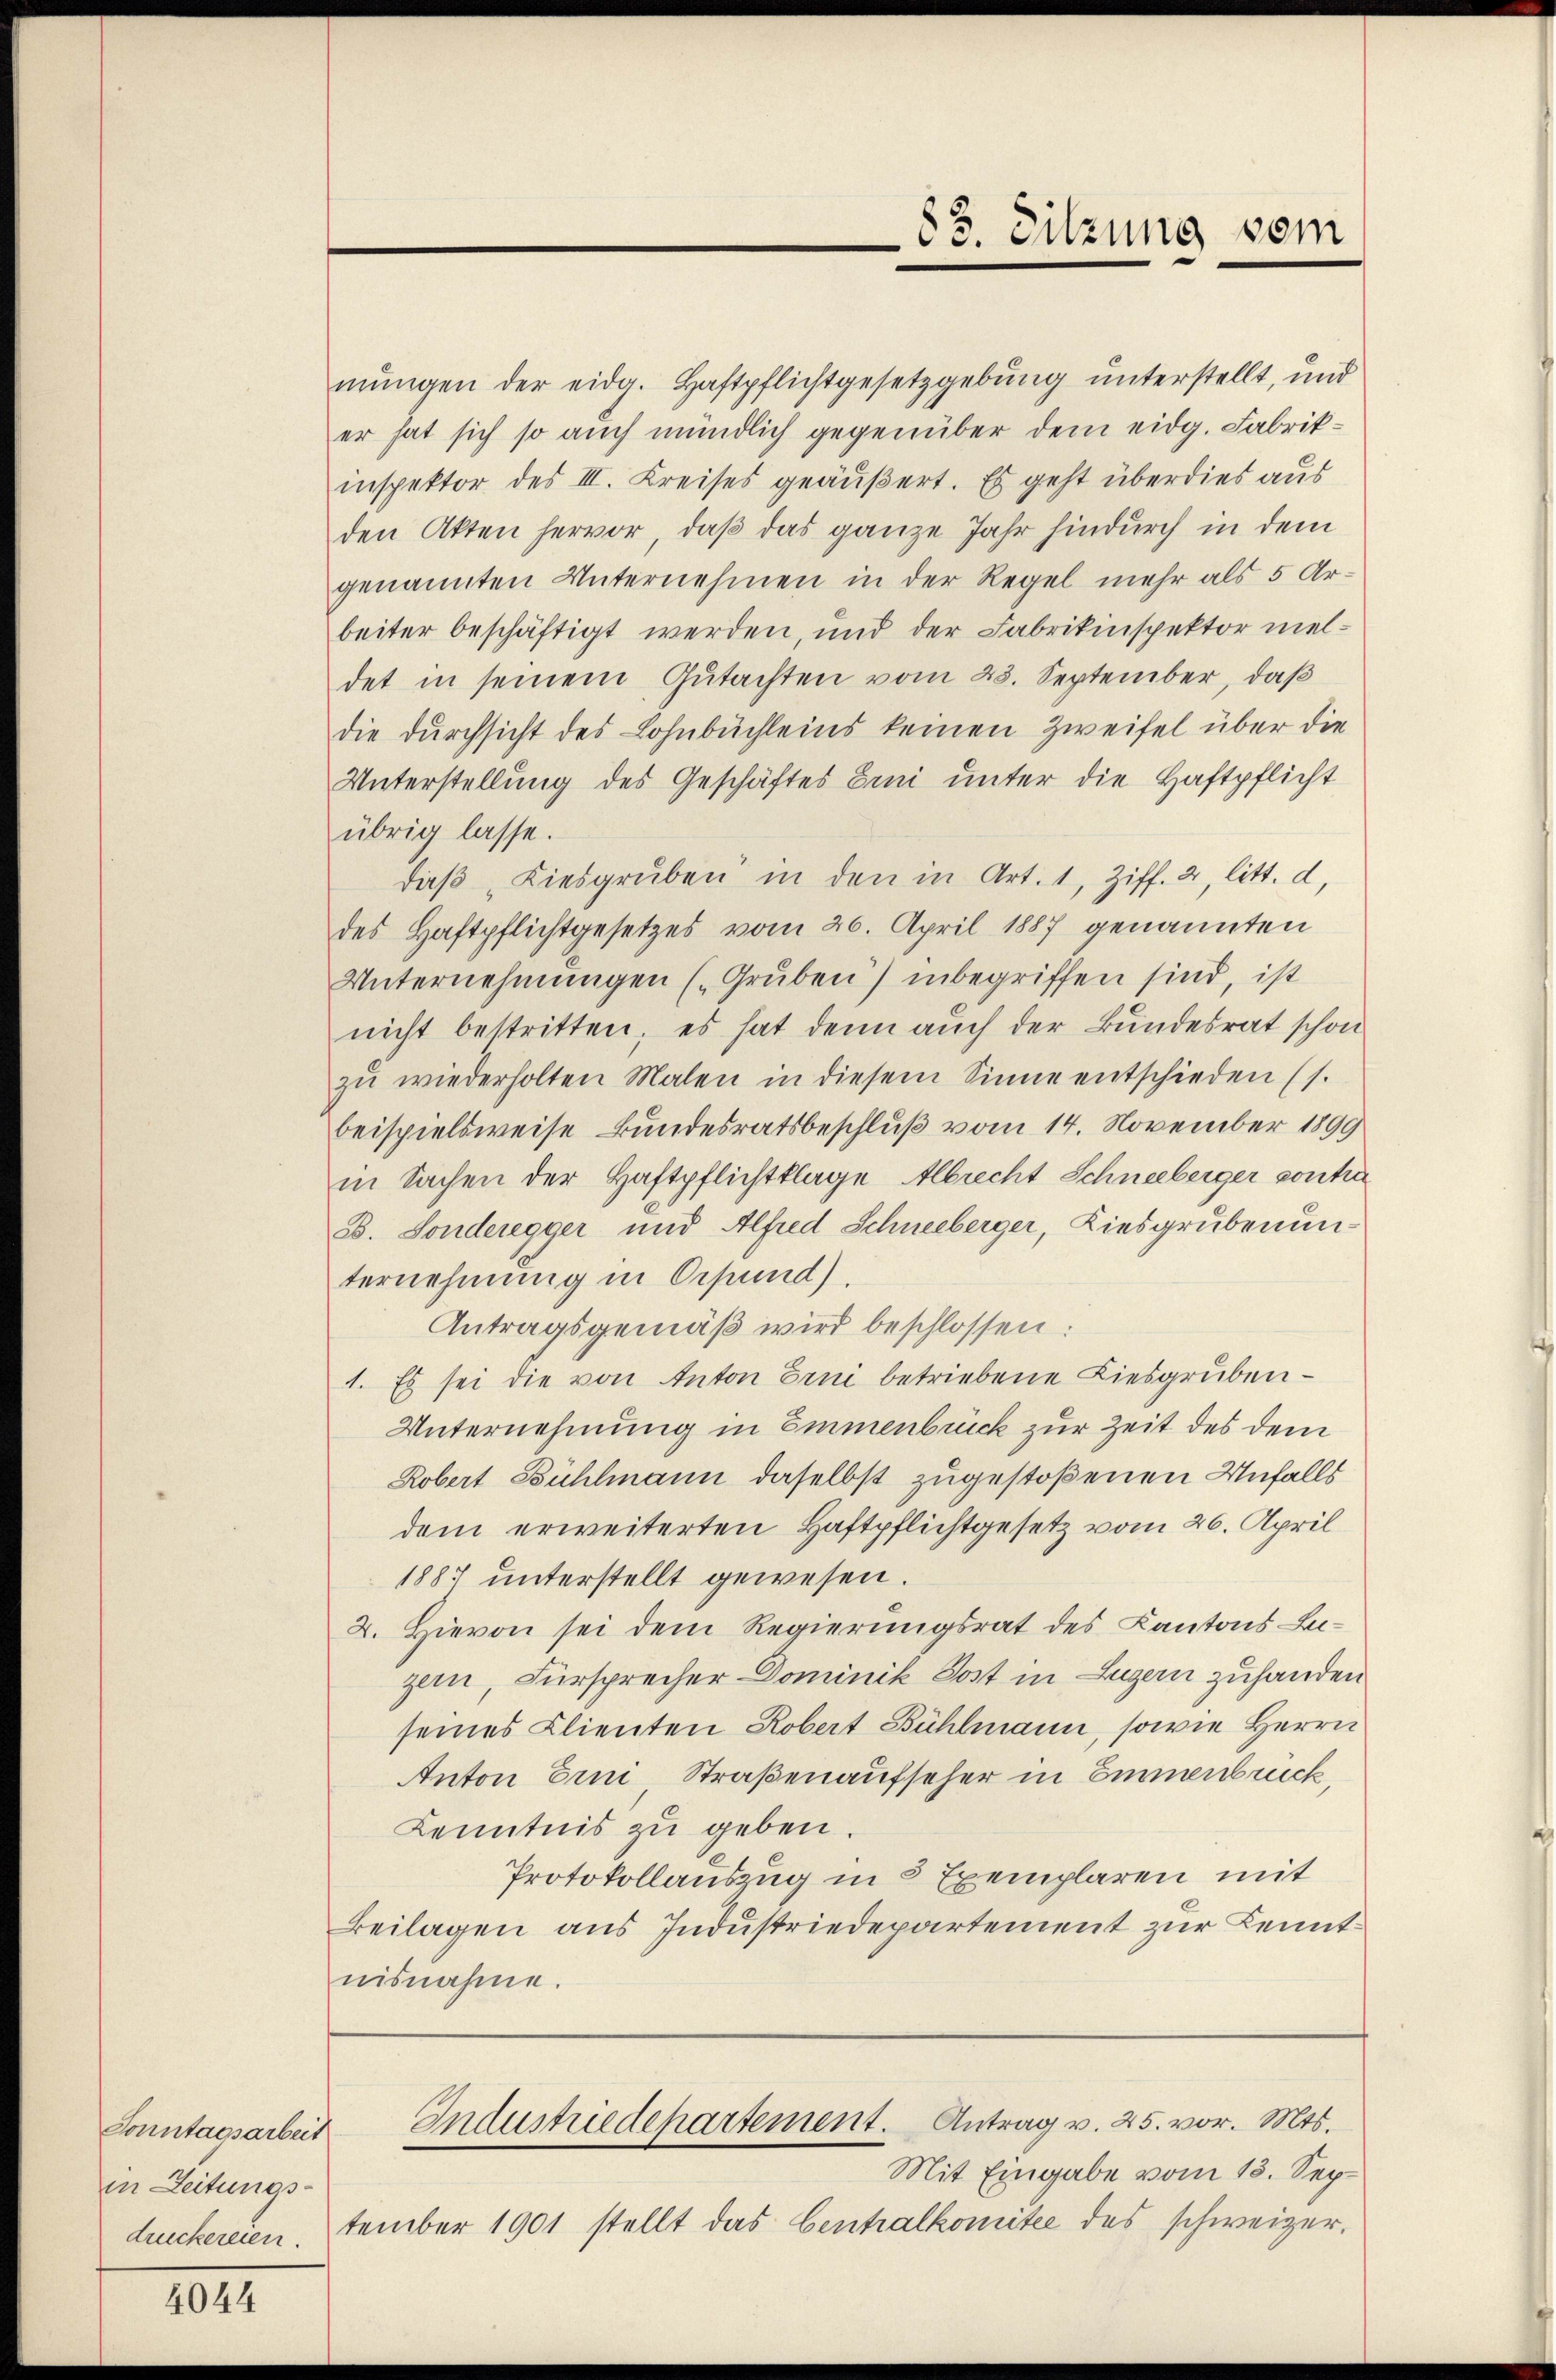
Sonntagsarbeit
in Zeitungs-
druckereien.

4044

Mit Eingabe vom 13. September 1901 stellt das Centralkomitee des schweizer¬

83. Sitzung vom

mŭngen der eidg. Haftpflichtgesetzgebung unterstellt, und
er hat sich so auch mündlich gegenüber dem eidg. Fabrikinspektor des III. Kreises geäußert. Es geht überdies aus
den Akten hervor, daß das ganze Jahr hindurch in dem
genannten Unternehmen in der Regel mehr als 5 Arbeiter beschäftigt werden, und der Fabrikinspektor meldet in seinem Gutachten vom 23. September, daß
die Durchsicht des Lohnbüchleins keinen Zweifel über die
Unterstellung des Geschäftes Eini unter die Haftpflicht
übrig lasse.
daβ Kiesgruben in den in Art. 1, Ziff. 2, litt. d,
des Haftpflichtgesetzes vom 26. April 1887 genannten
Unternehmungen (Gruben) inbegriffen sind, ist
nicht bestritten; es hat denn auch der Bundesrat schon
zŭ wiederholten Malen in diesem Sinne entschieden (s.
beispielsweise Bundesratsbeschluß vom 14. November 1899
in Sachen der Haftpflichtklage Albrecht Schneeberger contra
B. Sonderegger und Alfred Schneeberger, Kiesgrubenunternehmung in Orpund).
Antragsgemäß wird beschlossen:
1. Es sei die von Anton Erni betriebene Liesgruben¬
Unternehmung in Emmenbrück zur Zeit des dem
Robert Bühlmann daselbst zugestoßenen Unfalls
dem erweiterten Haftpflichtgesetz vom 26. April
1887 unterstellt gewesen.
2. Hievon sei dem Regierungsrat des Kantons Luzern, Fürsprecher Dominik Sost in Luzern zuhanden
seines Clienten Robert Bühlmann, sowie Herrn
Anton Erni Straßenaufseher in Emmenbruck,
Kenntnis zu geben
Protokollauszug in 3 Exemplaren mit
Beilagen aus Industriedepartement zur Kenntnisnahme.

Industriedepartement. Antrag v. 25. vor. Mts.